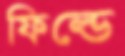
ফিল্ডে